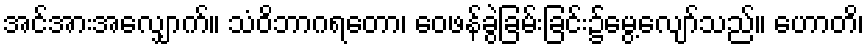
အင်အားအလျှောက်။ သံဝိဘာဂရတော၊ ဝေဖန်ခွဲခြမ်းခြင်း၌မွေ့လျော်သည်။ ဟောတိ၊